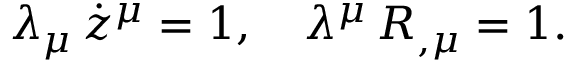
\lambda _ { \mu } \, \dot { z } ^ { \mu } = 1 , ~ ~ ~ \lambda ^ { \mu } \, R _ { , \mu } = 1 .